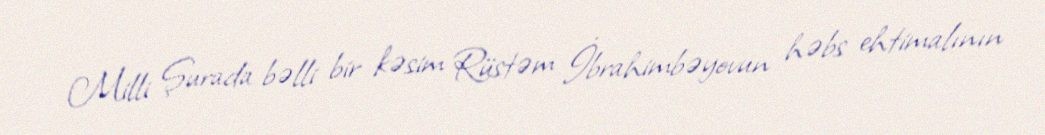
Milli Şurada bəlli bir kəsim Rüstəm İbrahimbəyovun həbs ehtimalının